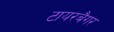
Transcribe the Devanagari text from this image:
टायरबैगर